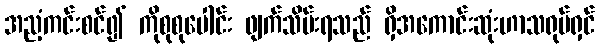
အညံ့ကင်းစင်၍ ကိုစုစုပေါင်း ဖျက်သိမ်းရသည် ရှိအကောင်းဆုံးဟာသရုပ်ရှင်